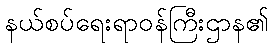
နယ်စပ်ရေးရာဝန်ကြီးဌာန၏